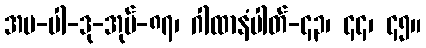
အပ-ပါ-ဒု-အုပ်-၈၇၊ ဂါထာနံပါတ်-၄၃၊ ၄၄၊ ၄၅။